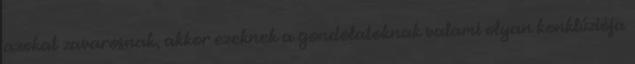
azokat zavarosnak, akkor ezeknek a gondolatoknak valami olyan konklúziója